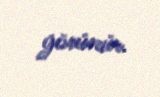
görünür.